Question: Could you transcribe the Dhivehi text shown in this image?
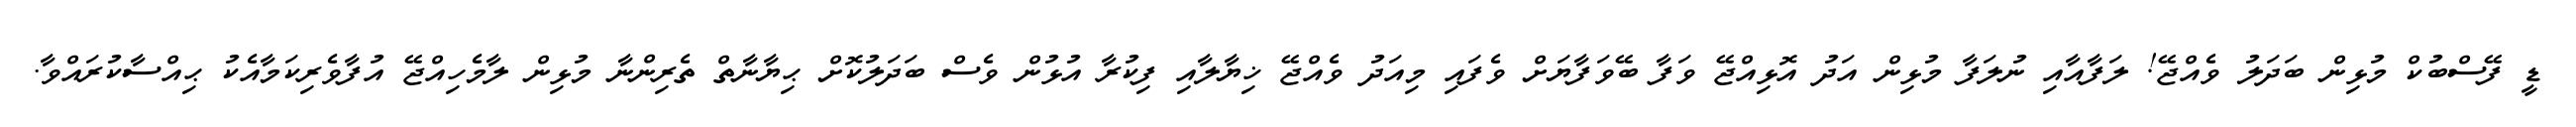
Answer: ޑީ ފޭސްބުކް މުޅިން ބަދަލު ވެއްޖޭ! ލަފާއާއި ނުލަފާ މުޅިން އަދު އޮޅިއްޖޭ ވަފާ ބޭވަފާޔަށް ވެފައި މިއަދު ވެއްޖޭ ޚިޔާލާއި ފިކުރާ އުޅުން ވެސް ބަދަލުކޮށް ޙިޔާނާތް ތެރިންނާ މުޅިން ލާމެހިއްޖޭ އުފާވެރިކަމާއެކު ޙިއްސާކުރައްވާ.